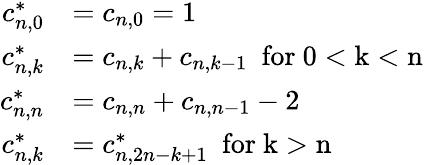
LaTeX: \begin{array}{rl}{c_{n,0}^{*}}&{=c_{n,0}=1}\\ {c_{n,k}^{*}}&{=c_{n,k}+c_{n,k-1}\mathrm{~\ for~0<k<n~}}\\ {c_{n,n}^{*}}&{=c_{n,n}+c_{n,n-1}-2}\\ {c_{n,k}^{*}}&{=c_{n,2n-k+1}^{*}\mathrm{~\ for~k>n~}}\end{array}